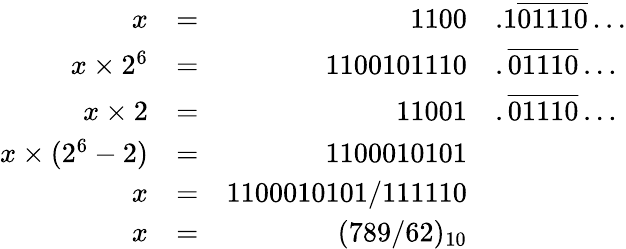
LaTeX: {\begin{array}{rlrl}{x}&{=}&{1100}&{.1{\overline{{01110}}}\ldots}\\ {x\times 2^{6}}&{=}&{1100101110}&{.{\overline{{01110}}}\ldots}\\ {x\times 2}&{=}&{11001}&{.{\overline{{01110}}}\ldots}\\ {x\times(2^{6}-2)}&{=}&{1100010101}\\ {x}&{=}&{1100010101/111110}\\ {x}&{=}&{(789/62)_{10}}\end{array}}